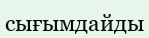
сығымдайды